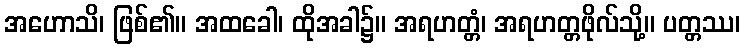
အဟောသိ၊ ဖြစ်၏။ အထခေါ၊ ထိုအခါ၌။ အရဟတ္တံ၊ အရဟတ္တဖိုလ်သို့။ ပတ္တဿ၊